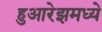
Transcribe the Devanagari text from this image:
हुआरेझमध्ये